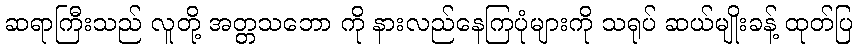
ဆရာကြီးသည် လူတို့ အတ္တသဘော ကို နားလည်နေကြပုံများကို သရုပ် ဆယ်မျိုးခန့် ထုတ်ပြ